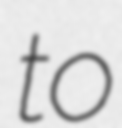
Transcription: to